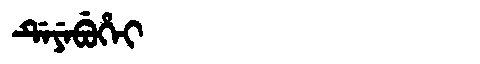
Manchu: ᡩᡝᠶᡝᠪᡠᡥᡝᡳ
Romanization: DEYEBUHEI